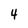
Character: 4